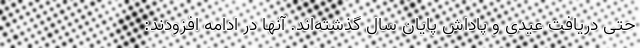
حتی دریافت عیدی و پاداش پایان سال گذشته‌اند. آنها در ادامه افزودند: